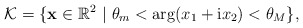
\begin{align*} \mathcal{K}=\{ \mathbf{x} \in \mathbb{R}^{2}~|~\theta_{m}<\arg(x_{1}+\mathrm ix_{2})<\theta_{M} \}, \end{align*}